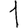
Digit: 1